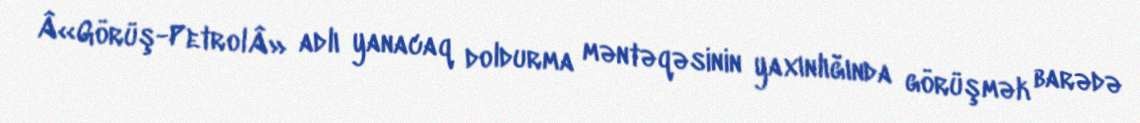
Â«Görüş-PetrolÂ» adlı yanacaq doldurma məntəqəsinin yaxınlığında görüşmək barədə